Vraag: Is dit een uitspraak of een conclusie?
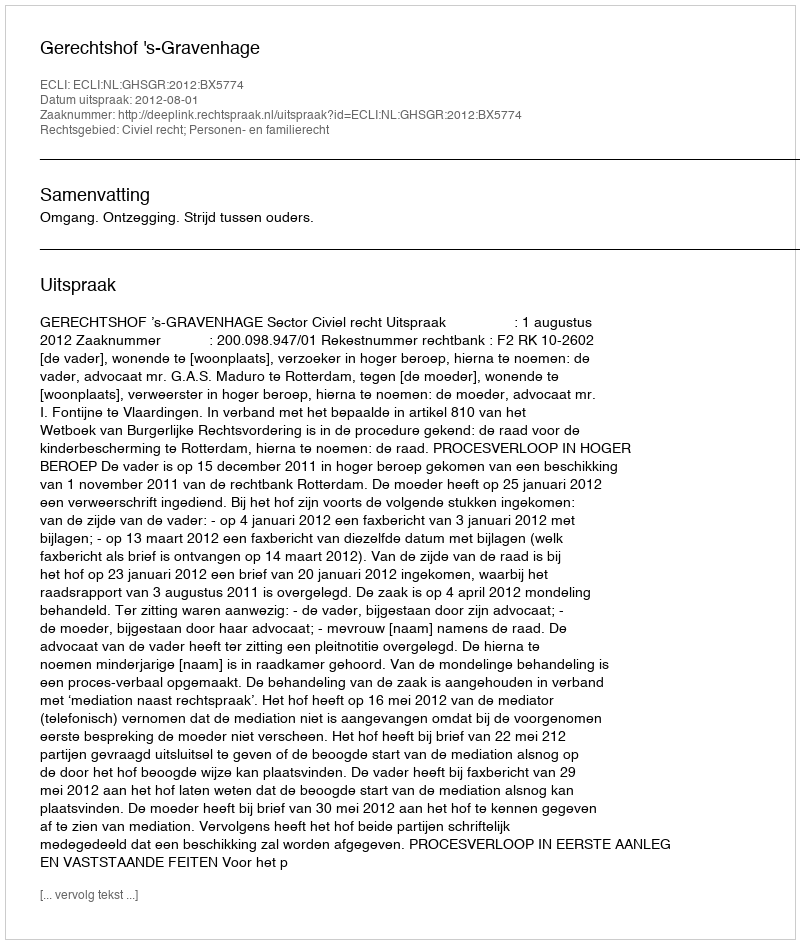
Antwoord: Uitspraak